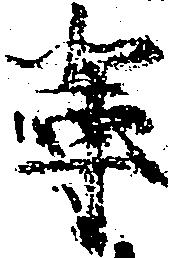
輩